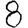
Digit: 8